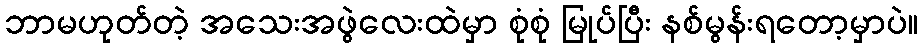
ဘာမဟုတ်တဲ့ အသေးအဖွဲလေးထဲမှာ စုံစုံ မြုပ်ပြီး နစ်မွန်းရတော့မှာပဲ။